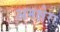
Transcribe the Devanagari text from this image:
अमक्षेरा